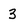
Character: 3